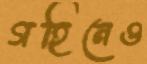
গহিনেও